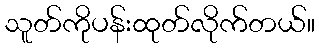
သူတ်ကိုပန်းထုတ်လိုက်တယ်။